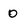
Character: 0